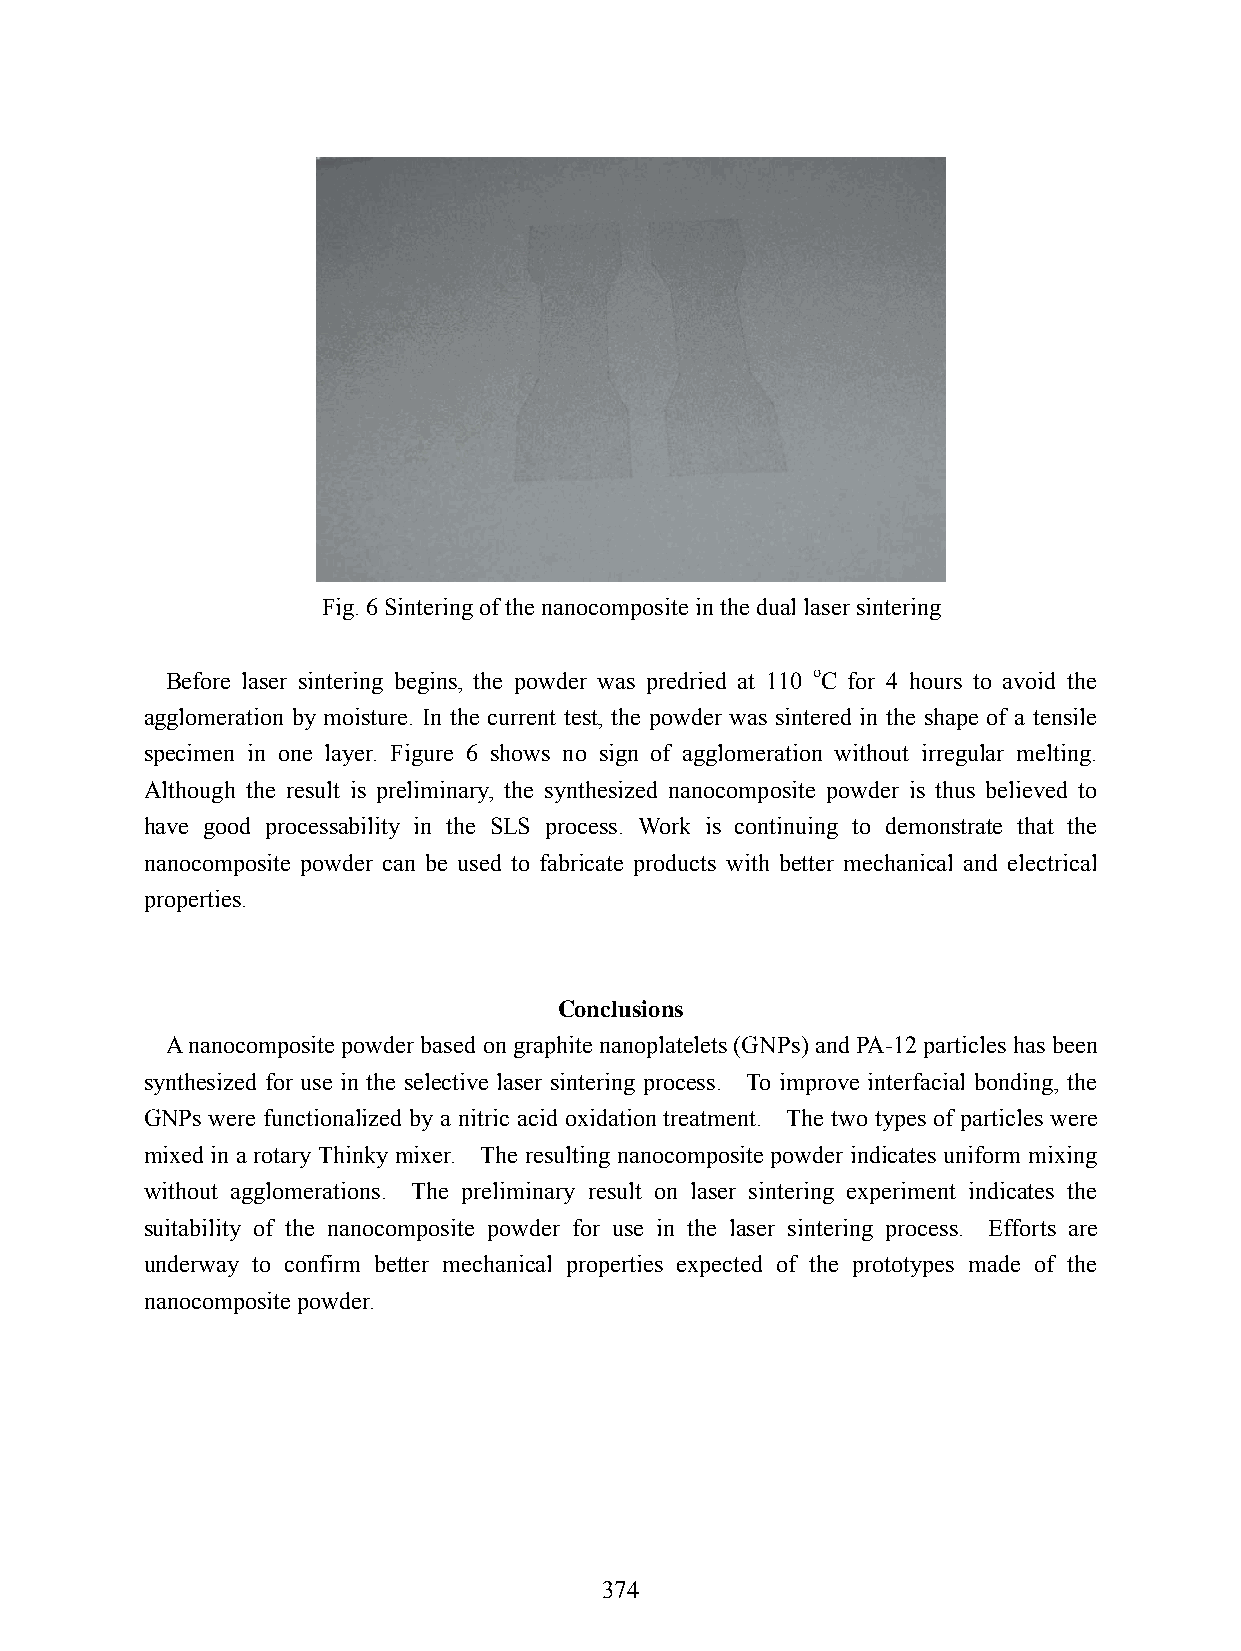
Fig. 6 Sintering of the nanocomposite in the dual laser sintering
 Before laser sintering begins, the powder was predried at 110 oC for 4 hours to avoid the
 agglomeration by moisture. In the current test, the powder was sintered in the shape of a tensile
 specimen in one layer. Figure 6 shows no sign of agglomeration without irregular melting.
 Although the result is preliminary, the synthesized nanocomposite powder is thus believed to
 have good processability in the SLS process. Work is continuing to demonstrate that the
 nanocomposite powder can be used to fabricate products with better mechanical and electrical
 properties.
 Conclusions
 A nanocomposite powder based on graphite nanoplatelets (GNPs) and PA-12 particles has been
 synthesized for use in the selective laser sintering process. To improve interfacial bonding, the
 GNPs were functionalized by a nitric acid oxidation treatment. The two types of particles were
 mixed in a rotary Thinky mixer. The resulting nanocomposite powder indicates uniform mixing
 without agglomerations. The preliminary result on laser sintering experiment indicates the
 suitability of the nanocomposite powder for use in the laser sintering process. Efforts are
 underway to confirm better mechanical properties expected of the prototypes made of the
 nanocomposite powder.
 374